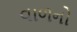
વાળનો